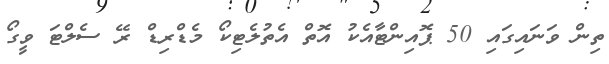
ތިން ވަނައިގައި 50 ޕޮއިންޓާއެކު އޮތް އެތުލެޓިކޯ މެޑްރިޑް ރޭ ސެލްޓަ ވީގޯ